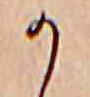
か